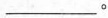
___。